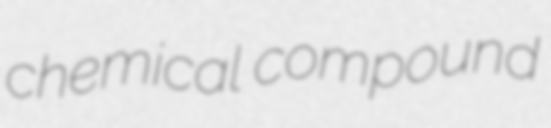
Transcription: chemical compound